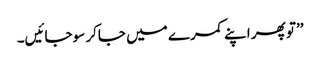
’’تو پھر اپنے کمرے میں جاکر سوجائیں۔